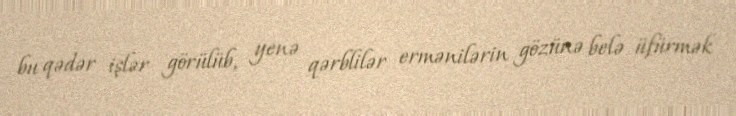
bu qədər işlər görülüb, yenə qərblilər ermənilərin gözünə belə üfürmək